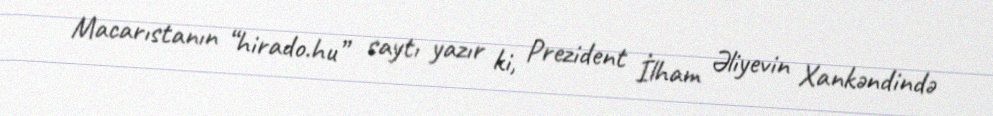
Macarıstanın “hirado.hu” saytı yazır ki, Prezident İlham Əliyevin Xankəndində